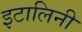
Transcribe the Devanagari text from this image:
इटालिनी